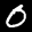
Label: 0